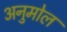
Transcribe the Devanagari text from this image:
अनुमोल